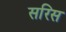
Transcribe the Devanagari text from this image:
सरिस